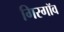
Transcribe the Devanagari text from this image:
गिरगॉव